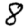
Digit: 8